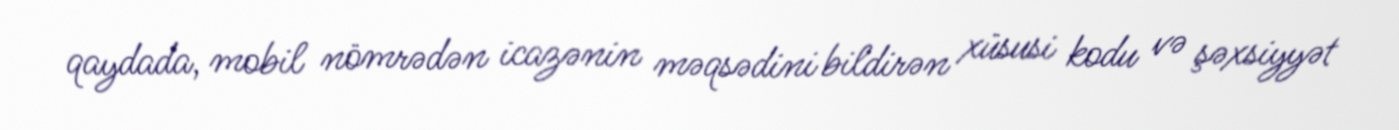
qaydada, mobil nömrədən icazənin məqsədini bildirən xüsusi kodu və şəxsiyyət